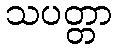
သပတ္တာ